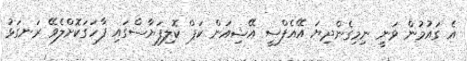
އެ ގައުމުން ވަނީ ނިމިގެންދިޔަ އޭއެފްސީ އޭޝިއަން ކަޕް ކޮލިފަޔާސްގައި ފާހަގަކޮށްލެވޭ ރަނގަޅު